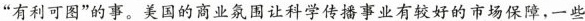
“有利可图”的事。美国的商业氛围让科学传播事业有较好的市场保障，一些